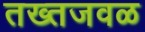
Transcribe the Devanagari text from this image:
तख्तजवळ